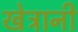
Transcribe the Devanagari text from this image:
खेत्रानी